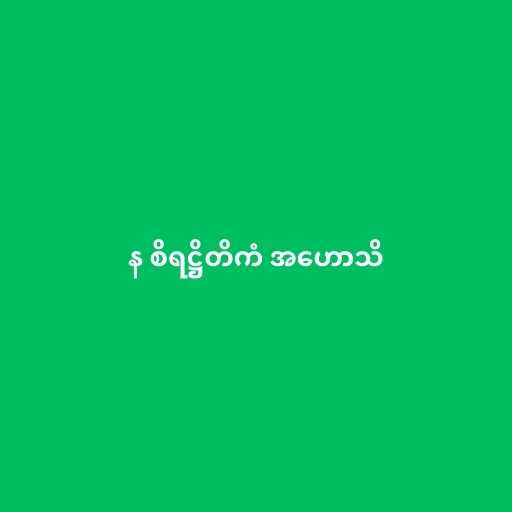
န စိရဋ္ဌိတိကံ အဟောသိ